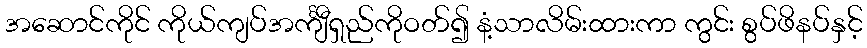
အဆောင်ကိုင် ကိုယ်ကျပ်အင်္ကျီရှည်ကိုဝတ်၍ နံ့သာလိမ်းထားကာ ကွင်း စွပ်ဖိနပ်နှင့်